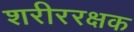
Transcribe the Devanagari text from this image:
शरीररक्षक